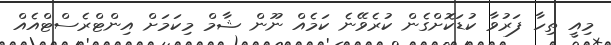
މިއީ ތިހާ ފަރުވާ ކުޑަކޮށްގެން ކުރެވޭނެ ކަމެއް ނޫން ޝާމް މިކަމަށް އިންޓްރެސްޓްއެއް